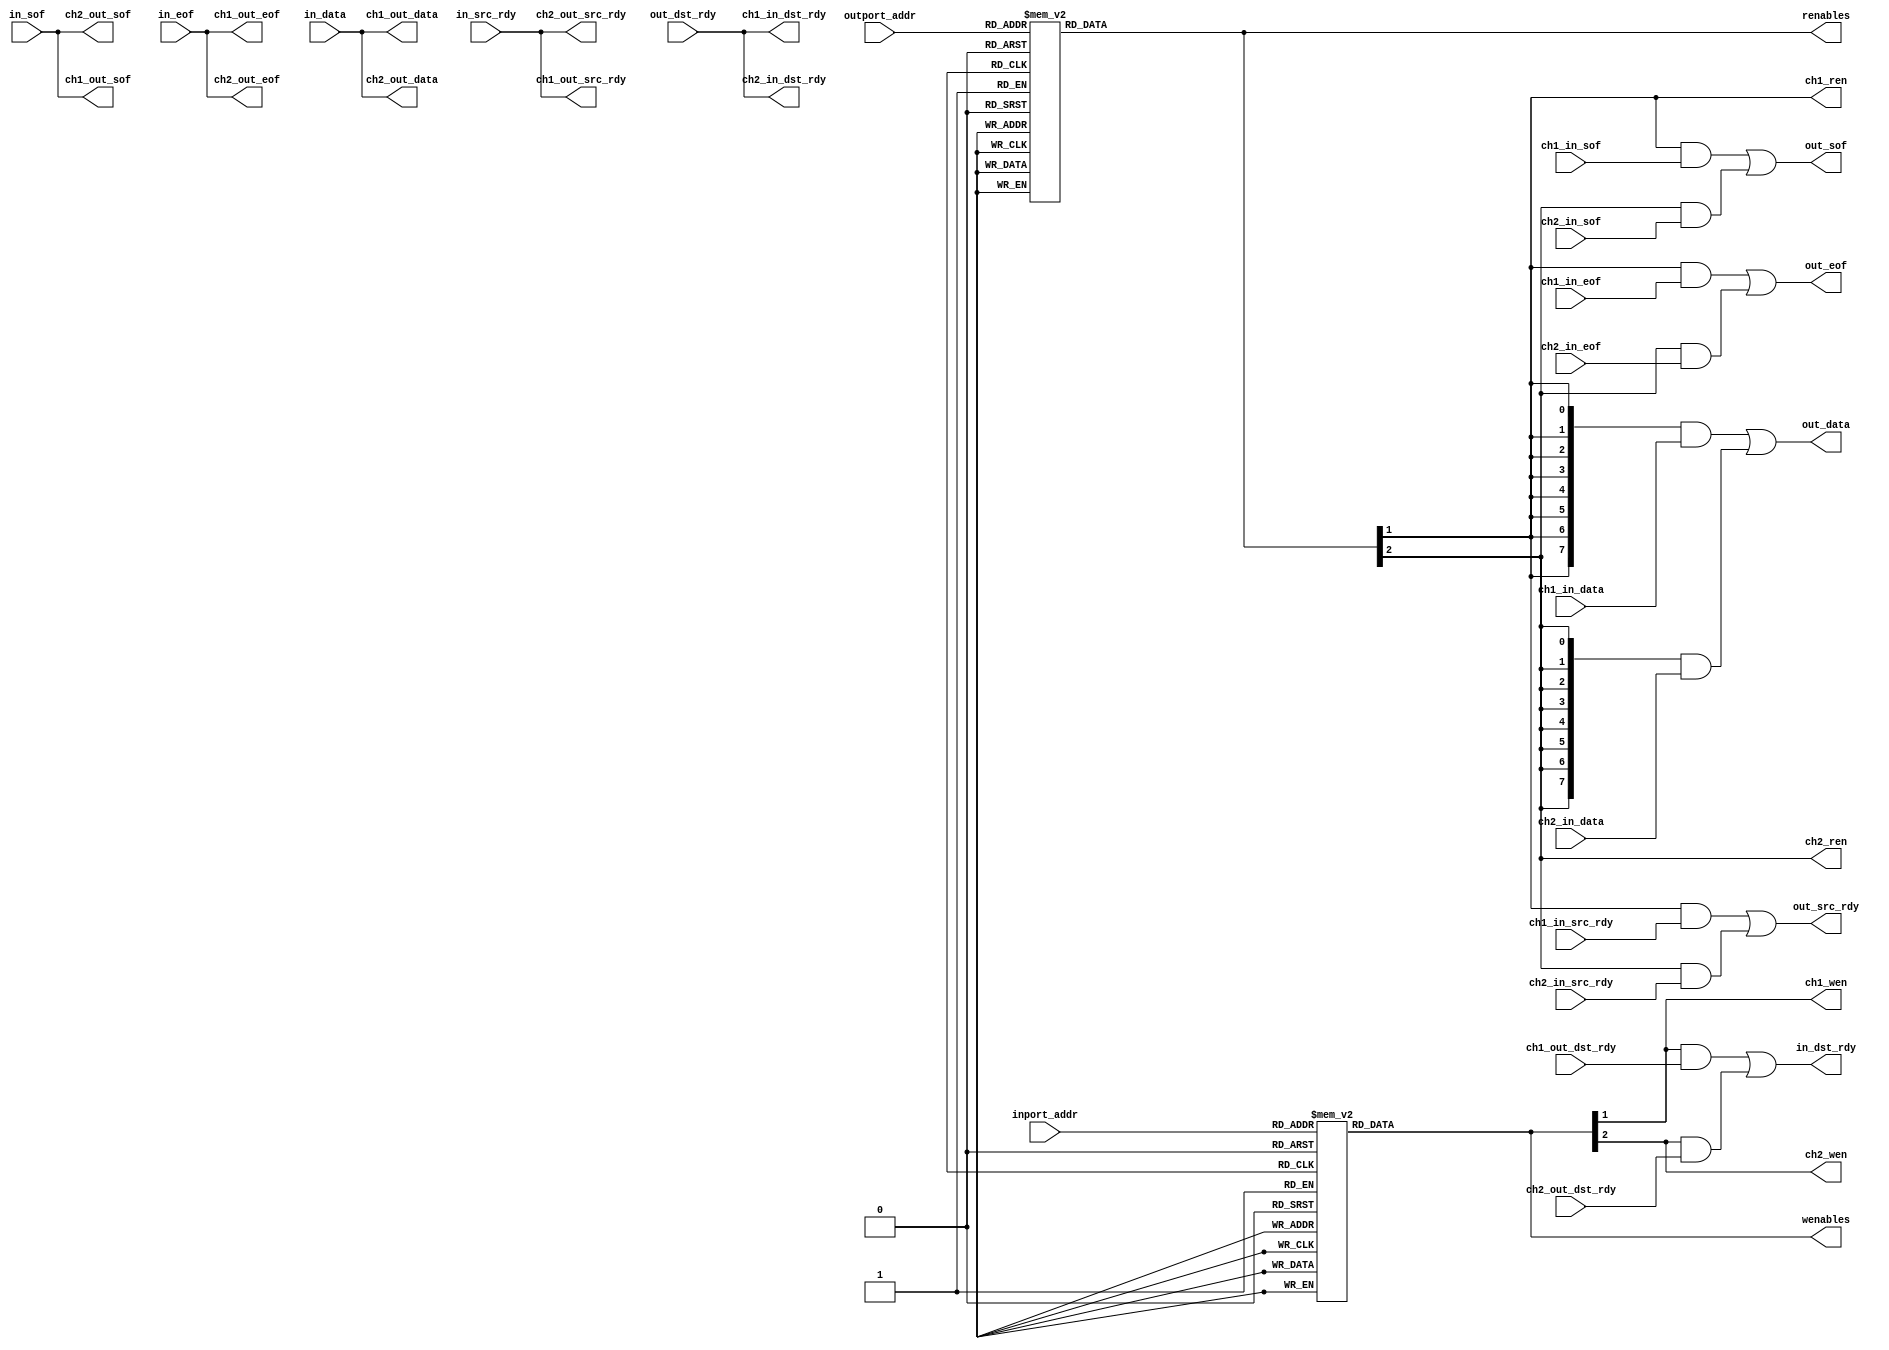
// FCP Channel Interface

module channelif2
(
	// To ethernet platform
	input					in_sof,
	input					in_eof,
	input					in_src_rdy,
	output				in_dst_rdy,
	input		[7:0]		in_data,
	input		[3:0]		inport_addr,
	output				out_sof,
	output				out_eof,
	output				out_src_rdy,
	input					out_dst_rdy,
	output	[7:0]		out_data,
	input		[3:0]		outport_addr,
	// Channel 1 
	input					ch1_in_sof,
	input					ch1_in_eof,
	input					ch1_in_src_rdy,
	output				ch1_in_dst_rdy,
	input		[7:0]		ch1_in_data,
	output				ch1_out_sof,
	output				ch1_out_eof,
	output				ch1_out_src_rdy,
	input					ch1_out_dst_rdy,
	output	[7:0]		ch1_out_data,
	output				ch1_wen,
	output				ch1_ren,
	// Channel 2 
	input					ch2_in_sof,
	input					ch2_in_eof,
	input					ch2_in_src_rdy,
	output				ch2_in_dst_rdy,
	input		[7:0]		ch2_in_data,
	output				ch2_out_sof,
	output				ch2_out_eof,
	output				ch2_out_src_rdy,
	input					ch2_out_dst_rdy,
	output	[7:0]		ch2_out_data,
	output				ch2_wen,
	output				ch2_ren,
	
	// To user logic
	output	[15:0]	wenables,
	output	[15:0]	renables
);

//-------------------------------------------------------------------------------------
//-------------------------------------------------------------------------------------
//                                          Channel-Enable Decoders
//-------------------------------------------------------------------------------------
//-------------------------------------------------------------------------------------

reg [15:0]		wenables_i;
reg [15:0]		renables_i;

always @(inport_addr)
begin
	case (inport_addr)
		4'h0 : wenables_i = 16'b0000000000000001;
		4'h1 : wenables_i = 16'b0000000000000010;
		4'h2 : wenables_i = 16'b0000000000000100;
		4'h3 : wenables_i = 16'b0000000000001000;
		4'h4 : wenables_i = 16'b0000000000010000;
		4'h5 : wenables_i = 16'b0000000000100000;
		4'h6 : wenables_i = 16'b0000000001000000;
		4'h7 : wenables_i = 16'b0000000010000000;
		4'h8 : wenables_i = 16'b0000000100000000;
		4'h9 : wenables_i = 16'b0000001000000000;
		4'hA : wenables_i = 16'b0000010000000000;
		4'hB : wenables_i = 16'b0000100000000000;
		4'hC : wenables_i = 16'b0001000000000000;
		4'hD : wenables_i = 16'b0010000000000000;
		4'hE : wenables_i = 16'b0100000000000000;
		4'hF : wenables_i = 16'b1000000000000000;
		default: wenables_i = 16'b0000000000000000;
	endcase
end

always @(outport_addr)
begin
	case (outport_addr)
		4'h0 : renables_i = 16'b0000000000000001;
		4'h1 : renables_i = 16'b0000000000000010;
		4'h2 : renables_i = 16'b0000000000000100;
		4'h3 : renables_i = 16'b0000000000001000;
		4'h4 : renables_i = 16'b0000000000010000;
		4'h5 : renables_i = 16'b0000000000100000;
		4'h6 : renables_i = 16'b0000000001000000;
		4'h7 : renables_i = 16'b0000000010000000;
		4'h8 : renables_i = 16'b0000000100000000;
		4'h9 : renables_i = 16'b0000001000000000;
		4'hA : renables_i = 16'b0000010000000000;
		4'hB : renables_i = 16'b0000100000000000;
		4'hC : renables_i = 16'b0001000000000000;
		4'hD : renables_i = 16'b0010000000000000;
		4'hE : renables_i = 16'b0100000000000000;
		4'hF : renables_i = 16'b1000000000000000;
		default: renables_i = 16'b0000000000000000;
	endcase
end

assign wenables = wenables_i;
assign renables = renables_i;


//-------------------------------------------------------------------------------------
//-------------------------------------------------------------------------------------
//                                          Multiplexers
//-------------------------------------------------------------------------------------
//-------------------------------------------------------------------------------------


assign in_dst_rdy = (ch1_wen & ch1_out_dst_rdy) | (ch2_wen & ch2_out_dst_rdy);
assign out_sof = (ch1_ren & ch1_in_sof) | (ch2_ren & ch2_in_sof);
assign out_eof = (ch1_ren & ch1_in_eof) | (ch2_ren & ch2_in_eof);
assign out_src_rdy = (ch1_ren & ch1_in_src_rdy) | (ch2_ren & ch2_in_src_rdy);
assign out_data = ({8{ch1_ren}} & ch1_in_data) | ({8{ch2_ren}} & ch2_in_data);

//-------------------------------------------------------------------------------------
//-------------------------------------------------------------------------------------
//                                          Passthroughs
//-------------------------------------------------------------------------------------
//-------------------------------------------------------------------------------------

assign ch1_in_dst_rdy = out_dst_rdy;
assign ch1_out_src_rdy = in_src_rdy;
assign ch1_out_sof = in_sof;
assign ch1_out_eof = in_eof;
assign ch1_out_data = in_data;
assign ch1_wen = wenables_i[1];
assign ch1_ren = renables_i[1];

assign ch2_in_dst_rdy = out_dst_rdy;
assign ch2_out_src_rdy = in_src_rdy;
assign ch2_out_sof = in_sof;
assign ch2_out_eof = in_eof;
assign ch2_out_data = in_data;
assign ch2_wen = wenables_i[2];
assign ch2_ren = renables_i[2];

endmodule